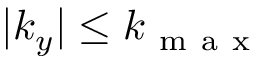
| k _ { y } | \le k _ { \mathrm { ~ m ~ a ~ x ~ } }